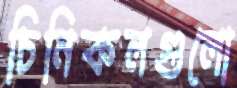
চিনিকলগুলো